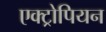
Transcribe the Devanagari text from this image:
एक्ट्रोपियन